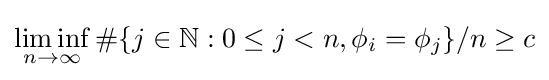
\liminf _{n\to \infty }\#\{j\in \mathbb {N} :0\leq j<n,\phi _{i}=\phi _{j}\}/n\geq c